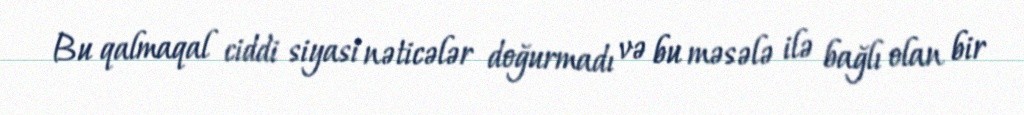
Bu qalmaqal ciddi siyasi nəticələr doğurmadı və bu məsələ ilə bağlı olan bir